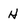
Character: H